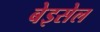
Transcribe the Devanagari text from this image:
बेइसेल